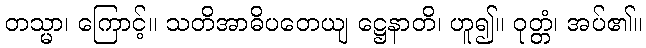
တသ္မာ၊ ကြောင့်။ သတိအာဓိပတေယျ ဋ္ဌေနာတိ၊ ဟူ၍။ ဝုတ္တံ၊ အပ်၏။